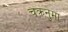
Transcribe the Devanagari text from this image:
चक्रनुमा